Bombay plague: being a history of the progress of plague in the Bombay presidency from September 1896 to June 1899
Year: 1896
Disease focus: Plague
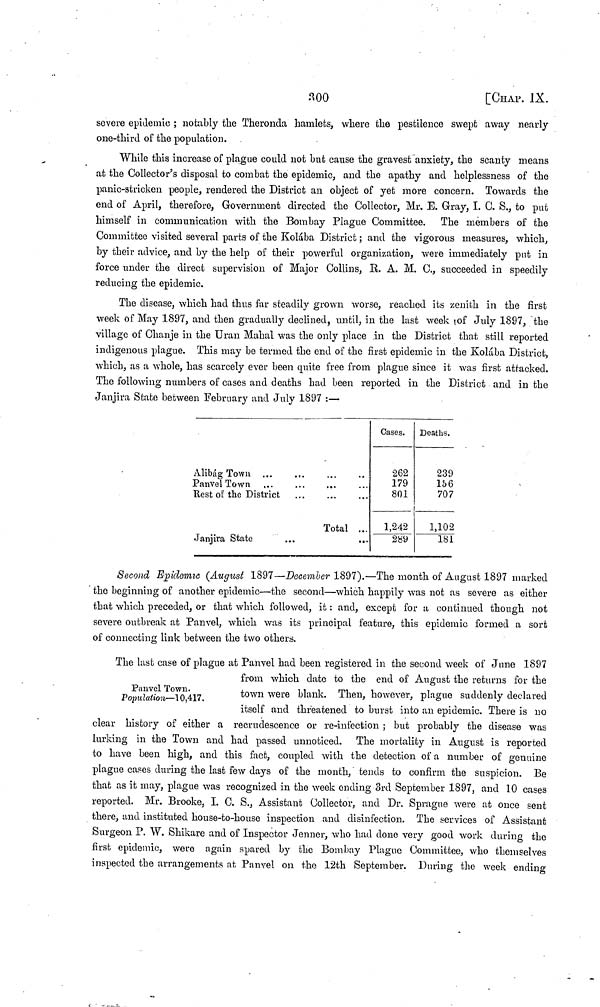
300
[CHAP. IX.
severe epidemic ; notably the Theronda hamlets, where the pestilence swept away nearly
one-third of the population.
While this increase of plague could not but cause the gravest anxiety, the scanty means
at the Collector's disposal to combat the epidemic, and the apathy and helplessness of the
panic-stricken people, rendered the District an object of yet more concern. Towards the
end of April, therefore, Government directed the Collector, Mr. E. Gray, I. C. S., to put
himself in communication with the Bombay Plague Committee. The members of the
Committee visited several parts of the Kolába District; and the vigorous measures, which,
by their advice, and by the help of their powerful organization, were immediately put in
force under the direct supervision of Major Collins, R. A. M. C., succeeded in speedily
reducing the epidemic.
The disease, which had thus far steadily grown worse, reached its zenith in the first
week of May 1897, and then gradually declined, until, in the last week of July 1897, the
village of Chanje in the Uran Mahal was the only place in the District that still reported
indigenous plague. This may be termed the end of the first epidemic in the Kolába District,
which, as a whole, has scarcely ever been quite free from plague since it was first attacked.
The following numbers of cases and deaths had been reported in the District and in the
Janjira State between February and July 1897 :—
Alibág Town ... ... ... ...
Panvel Town ... ... ... ...
Rest of the District
Total ...
Janjira State ... ...
Cases.
262
179
801
1,242
289
Deaths.
239
156
707
1,102
181
Second Epidemic (August 1897—December 1897).—The month of August 1897 marked
the beginning of another epidemic—the second—which happily was not as severe as either
that which preceded, or that which followed, it: and, except for a continued though not
severe outbreak at Panvel, which was its principal feature, this epidemic formed a sort
of connecting link between the two others.
Panvel Town.
Population—10,417,
The last case of plague at Panvel had been registered in the second week of June 1897
from which date to the end of August the returns for the
town were blank. Then, however, plague suddenly declared
itself and threatened to burst into an epidemic. There is no
clear history of either a recrudescence or re-infection ; but probably the disease was
lurking in the Town and had passed unnoticed. The mortality in August is reported
to have been high, and this fact, coupled with the detection of a number of genuine
plague cases during the last few days of the month, tends to confirm the suspicion. Be
that as it may, plague was recognized in the week ending 3rd September 1897, and 10 cases
reported. Mr. Brooke, I. C. S., Assistant Collector, and Dr. Sprague were at once sent
there, and instituted house-to-house inspection and disinfection. The services of Assistant
Surgeon P. W. Shikare and of Inspector Jenner, who had done very good work during the
first epidemic, were again spared by the Bombay Plague Committee, who themselves
inspected the arrangements at Panvel on the 12th September. During the week ending